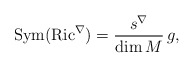
\begin{align*}\mathrm{Sym}(\mathrm{Ric}^{\nabla})=\frac{s^{\nabla}}{\dim M}\, g,\end{align*}